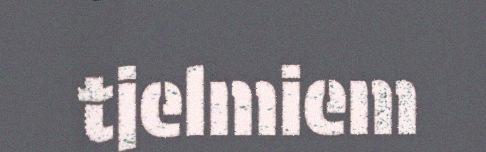
tjelmiem